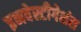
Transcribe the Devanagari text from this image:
इनवेस्टीगेशंस